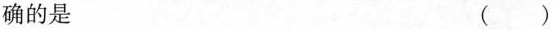
确的是 ( )